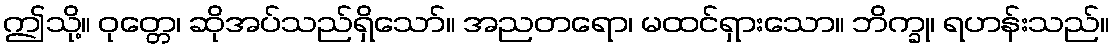
ဤသို့။ ဝုတ္တေ၊ ဆိုအပ်သည်ရှိသော်။ အညတရော၊ မထင်ရှားသော။ ဘိက္ခု၊ ရဟန်းသည်။